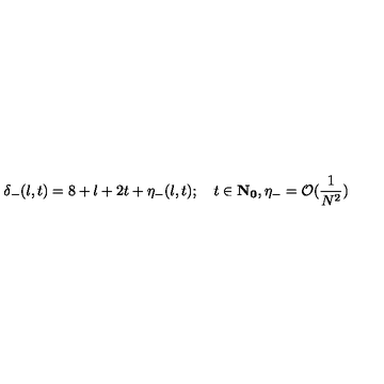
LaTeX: \delta _ { - } ( l , t ) = 8 + l + 2 t + \eta _ { - } ( l , t ) ; \quad t \in { \bf { N } _ { 0 } } , \eta _ { - } = \mathcal { O } ( \frac { 1 } { N ^ { 2 } } )